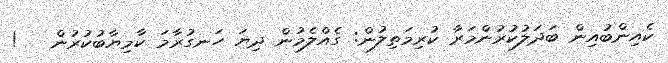
ކެއިންބުއިން ބަދަލުކުރުންމަރާ ކުރިމަތިލުން: ގެއްލެމުން ދިޔަ ހަނގުރާމަ ކާމިޔާބުކުރުން   !